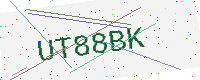
Text: UT88BK